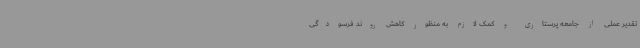
تقدیر عملی از جامعه پرستاری و کمک لازم به منظور کاهش روند فرسودگی